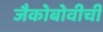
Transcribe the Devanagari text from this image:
जैकोबोवीची